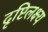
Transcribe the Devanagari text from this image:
दृष्टिलक्ष्य